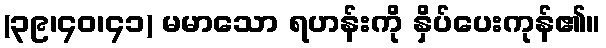
(၃၉၊၄၀၊၄၁) မမာသော ရဟန်းကို နှိပ်ပေးကုန်၏။